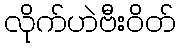
လိုက်ဟဲဗီးဝိတ်